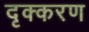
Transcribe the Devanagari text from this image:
दृक्करण